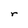
Character: r